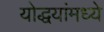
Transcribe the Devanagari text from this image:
योद्धयांमध्ये